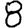
Digit: 8